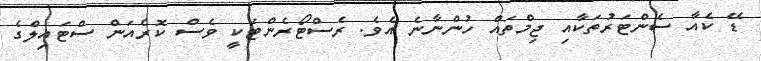
ޑޭ ކެއާ ސެންޓަރުތަކާއި ޖިމްތައް ހުންނާނެ އެވެ. ރެސްޓޯރެންޓަކީ ވެސް ކޮރެއަން ސްޓައިލްގެ